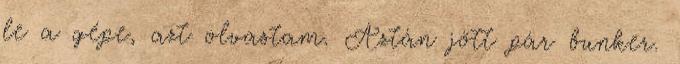
le a gépe, azt olvastam. Aztán jött pár bunker.